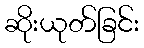
ဆိုးယုတ်ခြင်း